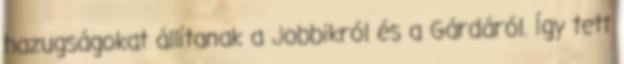
hazugságokat állítanak a Jobbikról és a Gárdáról. Így tett